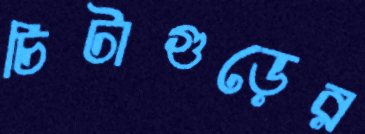
চিটাগুড়ের